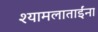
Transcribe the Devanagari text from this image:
श्यामलाताईंना